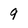
Character: 9